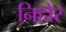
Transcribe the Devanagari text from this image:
निहोर